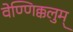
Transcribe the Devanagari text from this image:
वेण्णिक्कलुम्